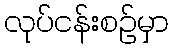
လုပ်ငန်းစဉ်မှာ